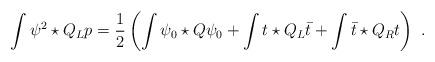
LaTeX: \begin{align*} \int \psi^2\star Q_L p = \frac{1}{2}\left(\int \psi_0 \star Q\psi_0+\int t \star Q_L \bar t + \int \bar t \star Q_R t\right)\,\,.\end{align*}